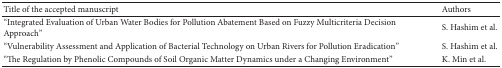
| Title of the accepted manuscript | Authors |
 | --- | --- |
 | “Integrated Evaluation of Urban Water Bodies for Pollution Abatement Based on Fuzzy Multicriteria Decision Approach” | S. Hashim et al. |
 | “Vulnerability Assessment and Application of Bacterial Technology on Urban Rivers for Pollution Eradication” | S. Hashim et al. |
 | “The Regulation by Phenolic Compounds of Soil Organic Matter Dynamics under a Changing Environment” | K. Min et al. |